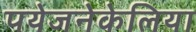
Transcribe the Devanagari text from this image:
पयेजनेकेलिया